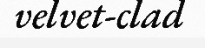
velvet-clad